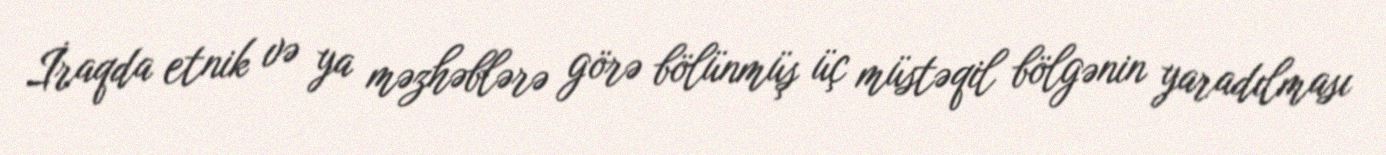
İraqda etnik və ya məzhəblərə görə bölünmüş üç müstəqil bölgənin yaradılması